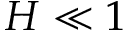
H \ll 1